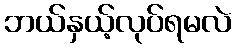
ဘယ်နှယ့်လုပ်ရမလဲ